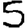
Digit: 5